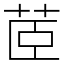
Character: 茝